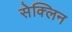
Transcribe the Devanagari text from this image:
सेक्लिन